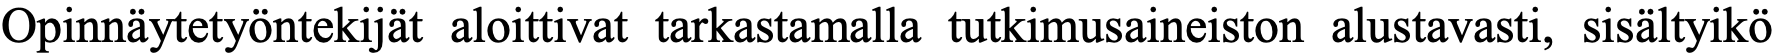
Opinnäytetyöntekijät aloittivat tarkastamalla tutkimusaineiston alustavasti, sisältyikö